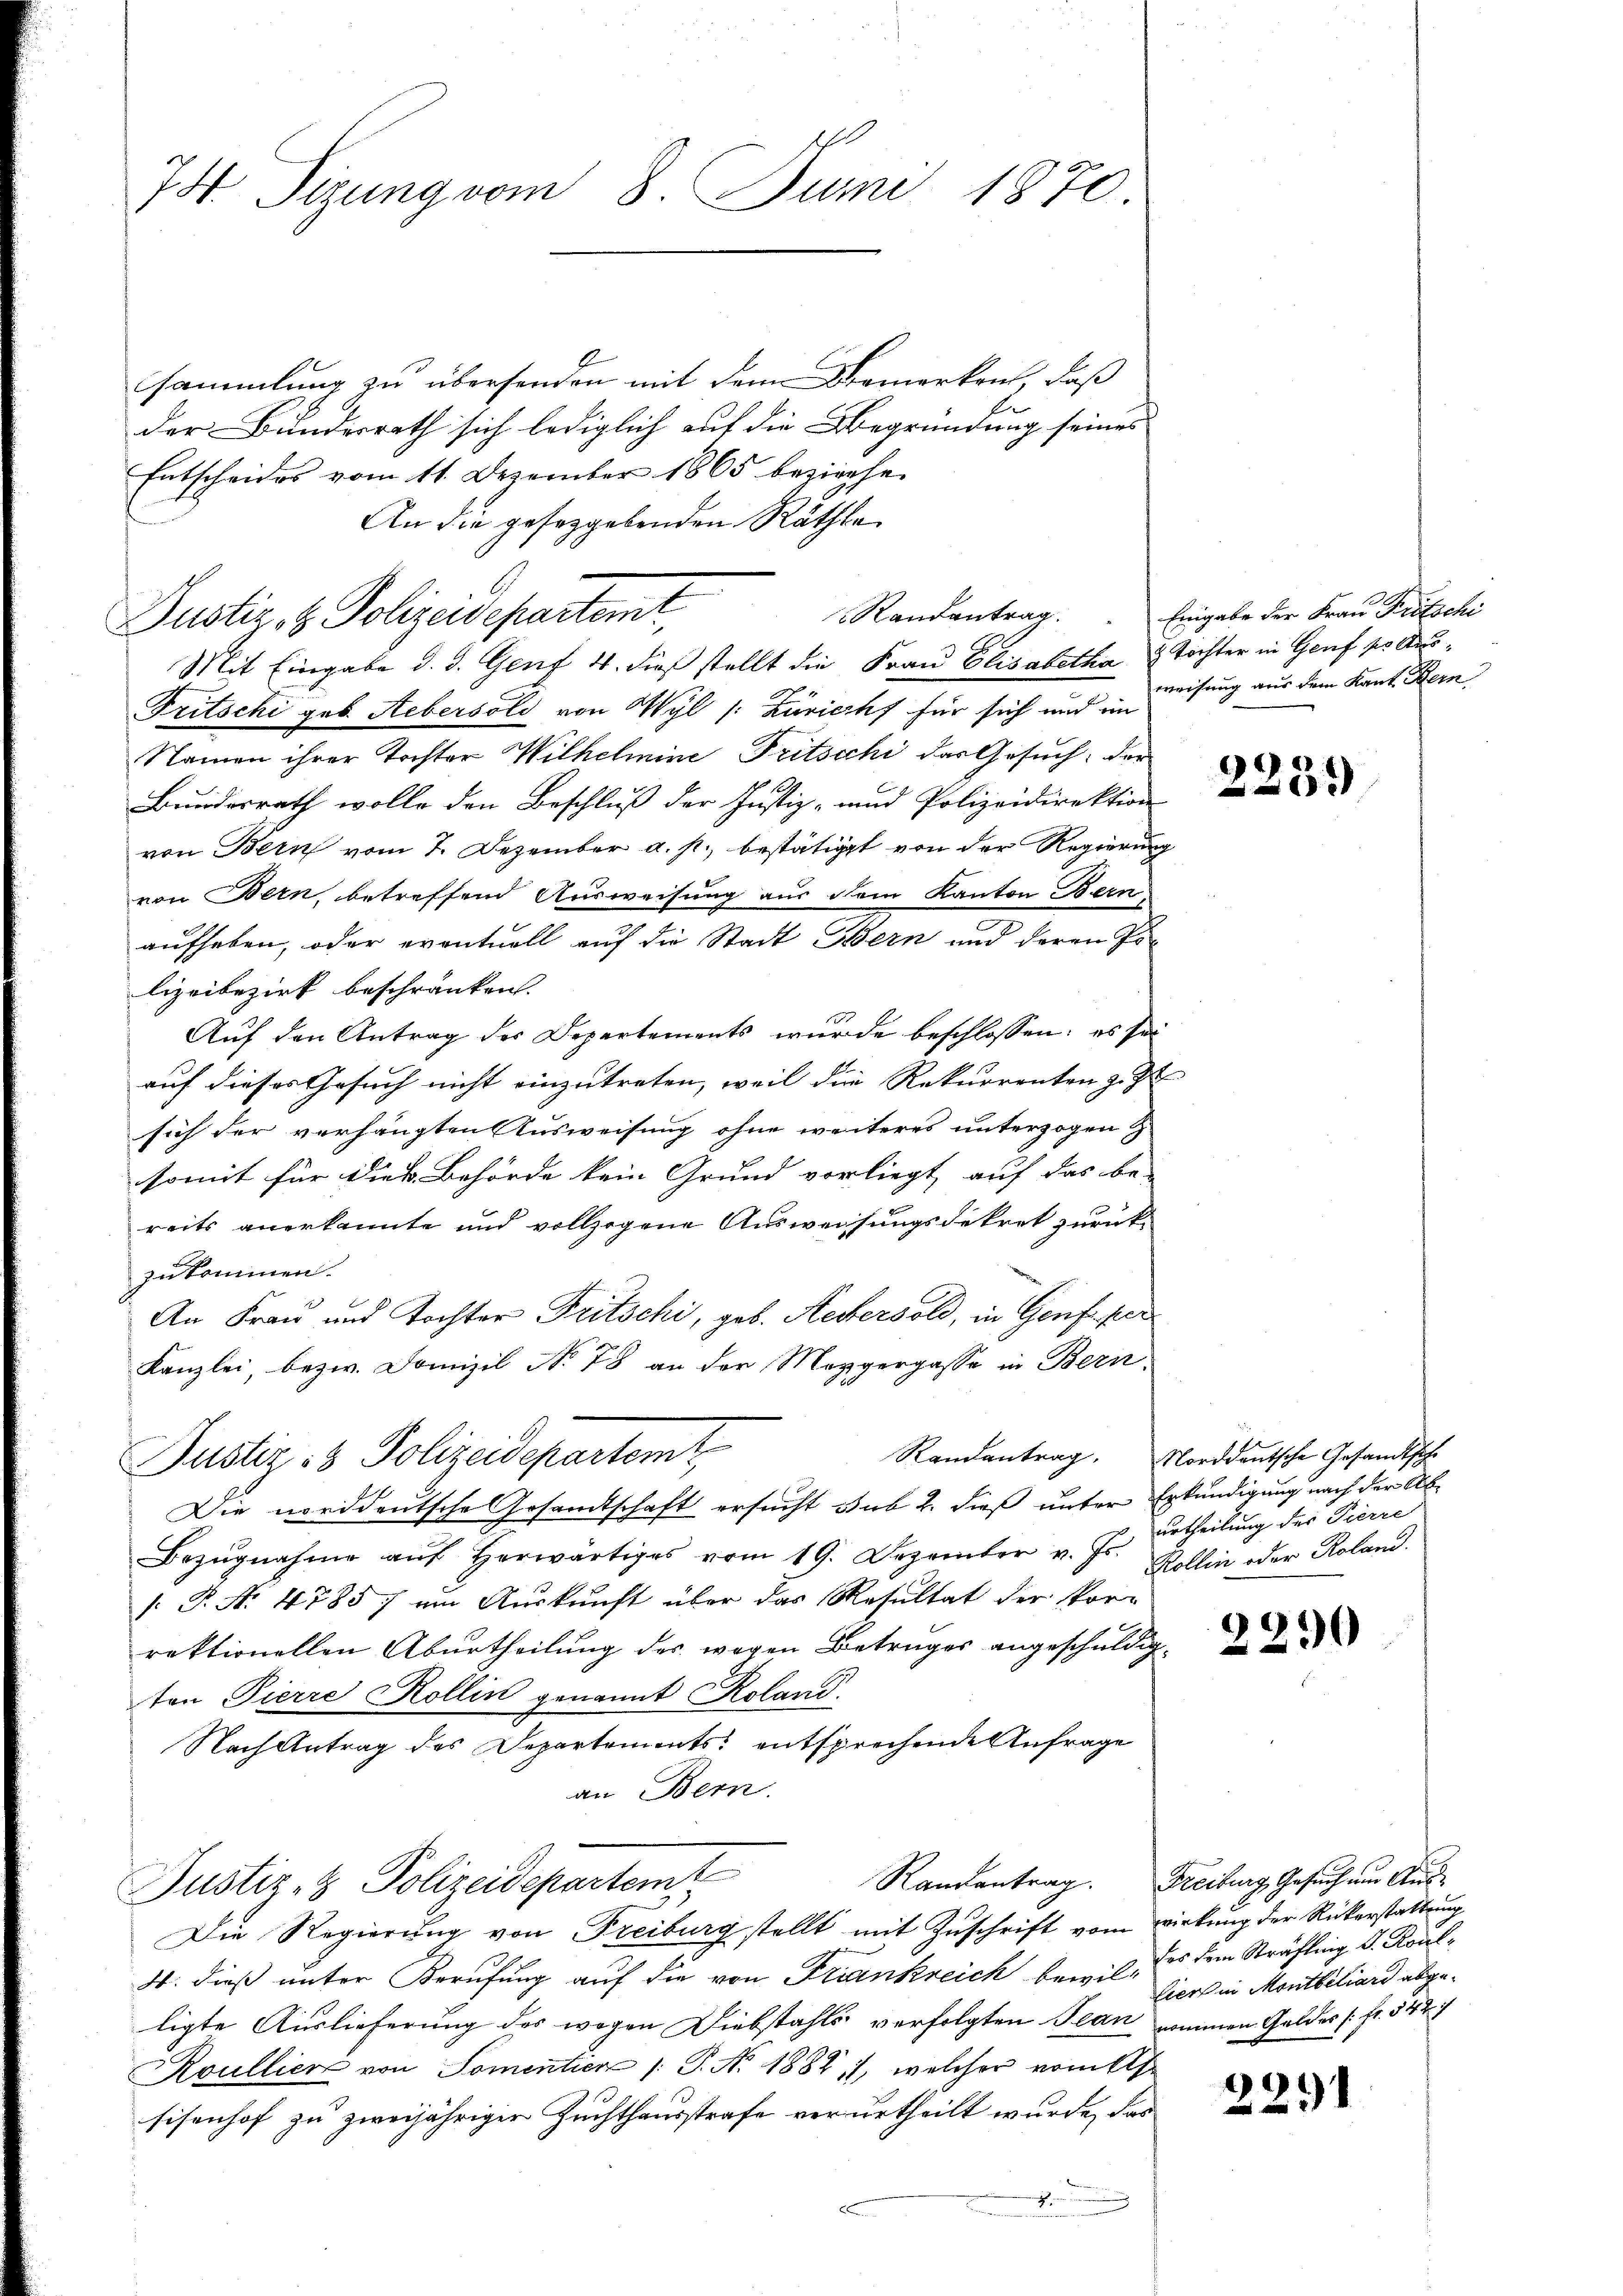
74 Sizung vom 8. Juni 1870

sammlung zu übersenden mit dem Bemerken, daß
der Bundesrath sich lediglich auf die Begründung seines
Entscheides vom 11. Dezember 1865 beziehen
An die gesetzgebenden Räthe
Mit Eingabe d. d. Genf 4. dieß stellt die Frau Elisabetha u Tochter in Genf so aus¬
Fritschi geb. Hebersold von Wyl /: Züricht für sich und im
Namen ihrer Tochter Wilhelmine Fritscchi das Gesuch, der
Bundesrath wolle den Beschluß der Justiz- und Polizeidirektion
von Bern vom 7. Dezember a. p. bestätigt von der Regierung
von Bern, betreffend Ausweisung aus dem Kanton Bern,
aufheben, oder eventuell auf die Stadt Bern und deren Polizeibezirk beschränken. |
Auf den Antrag des Departements wurde beschlossen: es sei
auf dieses Gesuch nicht einzutreten, weil die Rekurrenten zu
sich der verhängten Ausweisung ohne weiteres unterzogen z
somit für dies Behörde kein Grund vorliegt, auf das be-
reits anerkannte und vollzogene Ausweisungsdekret zurück-
zukommen.
An Frau und Tochter Fritschi, geb. Heckersold, in Genf. per
Kanzlei, bezw. Domizil No 78 an der Mezgergasse in Bern,
Justiz- & Polizeidepartemt,
Die norddeutsche Gesandtschaft ersucht sub 2. dieß unter Erkundigung nach der Ab¬
Bezŭgnahme aŭf herwärtiges vom 19. Dezember v. Js. Kollin oder Roland.
[: P. Nr. 4785; am Auskunft über das Resultat der Vor-
rektionellen Aburtheilung des wegen Betrages angeschuldigten Pierre Kollin genannt Koland.
Nach Antrag des Departements entsprechende Anfrage
an Bern.
Justiz- & Polizeidepartemt
Die Regierung von Freiburg stellt mit Zuschrift vom Wirkung der Rükerstattung
4. dieß unter Berufung auf die von Frankreich bewil, des dem Sträfling d. Koulligte Auslieferung des wegen Diebstahls verfolgten Jean nommen Geldes (fr. 542. 4
Roullier von Somentier /: P. Nr. 1884, welcher vom Els
sisonhof zu zweijähriger Zuchthausstrafe verurtheilt wurde, das
g

Justiz & Polizeidepartemt,

Randantrag.

Eingabe der Frau Tritschi
weisung aus dem Kant Hein

Randantrag. Norddeutsche Gesandtsche

990
e

urtheilung der Pierre

2290

Randantrag. Freiburg, Gesuch nur Aus¬
Eiers in Montbiliard abge¬

2291